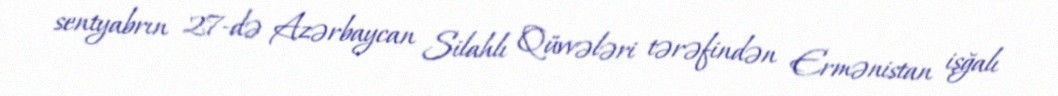
sentyabrın 27-də Azərbaycan Silahlı Qüvvələri tərəfindən Ermənistan işğalı